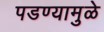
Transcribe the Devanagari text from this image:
पडण्यामुळे